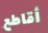
أقاطع